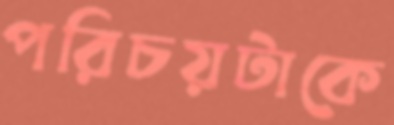
পরিচয়টাকে